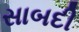
સાબદી